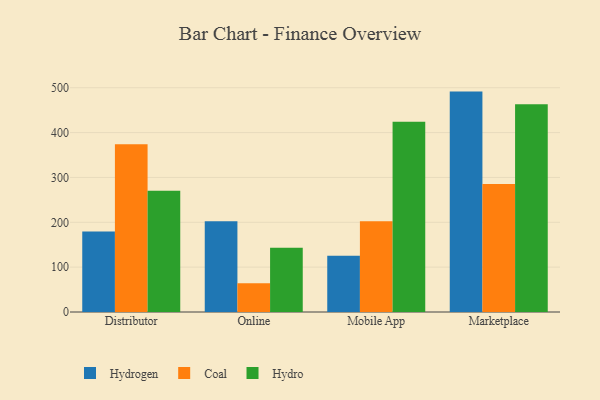
{"axis": {"x": "Channel", "y": "Demand Index"}, "legend": ["Coal", "Hydro", "Hydrogen"], "data": [{"x": "Distributor", "y": 179.3, "type": "Hydrogen"}, {"x": "Distributor", "y": 374.0, "type": "Coal"}, {"x": "Distributor", "y": 270.3, "type": "Hydro"}, {"x": "Online", "y": 202.1, "type": "Hydrogen"}, {"x": "Online", "y": 63.9, "type": "Coal"}, {"x": "Online", "y": 143.0, "type": "Hydro"}, {"x": "Mobile App", "y": 125.6, "type": "Hydrogen"}, {"x": "Mobile App", "y": 202.2, "type": "Coal"}, {"x": "Mobile App", "y": 424.0, "type": "Hydro"}, {"x": "Marketplace", "y": 491.4, "type": "Hydrogen"}, {"x": "Marketplace", "y": 285.5, "type": "Coal"}, {"x": "Marketplace", "y": 463.2, "type": "Hydro"}]}